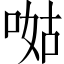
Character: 𠵎